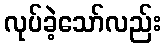
လုပ်ခဲ့သော်လည်း